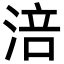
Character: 涪